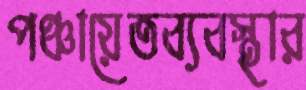
পঞ্চায়েতব্যবস্থার